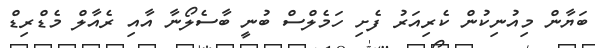
ބަޔާން މިއުނިކުން ކެރިއަރު ފެށި ހަމެލްސް ބުނީ ބާސެލޯނާ އާއި ރެއާލް މެޑްރިޑް